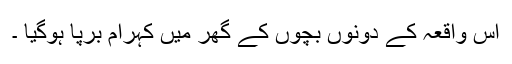
اس واقعہ کے دونوں بچوں کے گھر میں کہرام برپا ہوگیا ۔